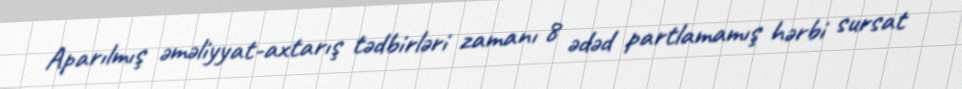
Aparılmış əməliyyat-axtarış tədbirləri zamanı 8 ədəd partlamamış hərbi sursat